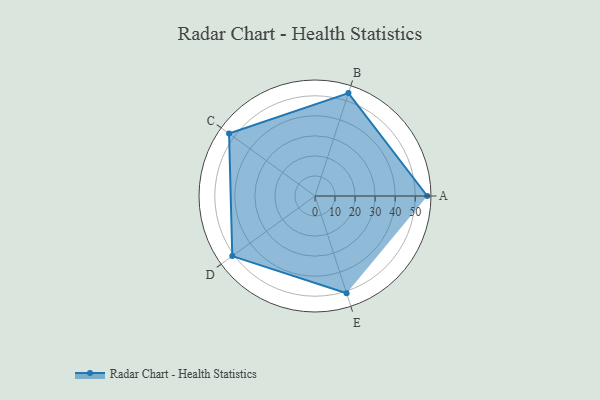
{"axis": {"x": "Skill", "y": "Score"}, "legend": ["Profile"], "data": [{"x": "A", "y": 56.0, "type": "Profile"}, {"x": "B", "y": 54.0, "type": "Profile"}, {"x": "C", "y": 53.0, "type": "Profile"}, {"x": "D", "y": 51.0, "type": "Profile"}, {"x": "E", "y": 51.0, "type": "Profile"}]}